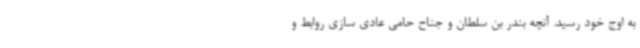
به اوج خود رسید. آنچه بندر بن سلطان و جناح حامی عادی سازی روابط و